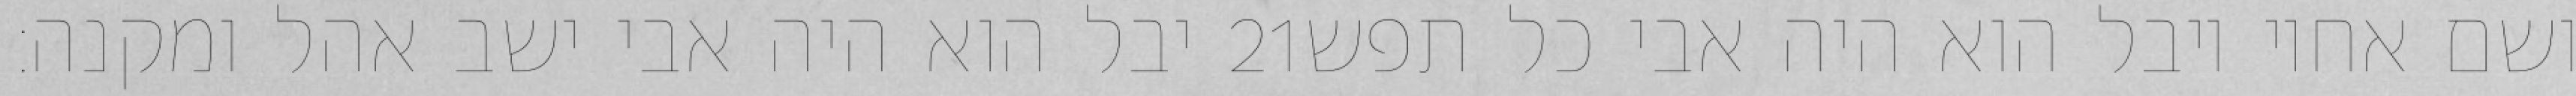
יבל הוא היה אבי ישב אהל ומקנה׃ ‎21‏ ושם אחיו יובל הוא היה אבי כל תפש